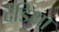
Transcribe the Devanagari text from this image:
दंडिया